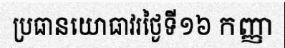
ប្រធានយោធាវរថ្ងៃទី១៦ កញ្ញា